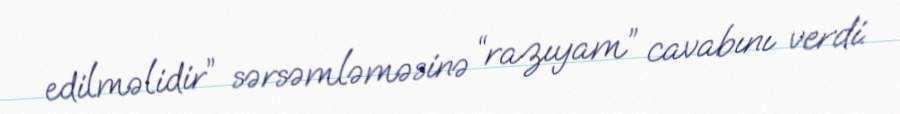
edilməlidir” sərsəmləməsinə “razıyam” cavabını verdi.